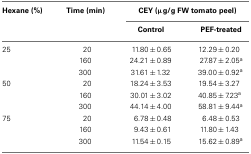
<table><thead><tr><td><b>Hexane (%)</b></td><td><b>Time (min)</b></td><td colspan="2"><b>CEY (μg/g FW tomato peel)</b></td></tr><tr><td></td><td></td><td><b>Control</b></td><td><b>PEF-treated</b></td></tr></thead><tbody><tr><td>25</td><td>20</td><td>11.80 ± 0.65</td><td>12.29 ± 0.20</td></tr><tr><td></td><td>160</td><td>24.21 ± 0.89</td><td>27.87 ± 2.05<sup>a</sup></td></tr><tr><td></td><td>300</td><td>31.61 ± 1.32</td><td>39.00 ± 0.92<sup>a</sup></td></tr><tr><td>50</td><td>20</td><td>18.24 ± 3.53</td><td>19.54 ± 3.27</td></tr><tr><td></td><td>160</td><td>30.01 ± 3.02</td><td>40.85 ± 7.23<sup>a</sup></td></tr><tr><td></td><td>300</td><td>44.14 ± 4.00</td><td>58.81 ± 9.44<sup>a</sup></td></tr><tr><td>75</td><td>20</td><td>6.78 ± 0.48</td><td>6.48 ± 0.53</td></tr><tr><td></td><td>160</td><td>9.43 ± 0.61</td><td>11.80 ± 1.43</td></tr><tr><td></td><td>300</td><td>11.54 ± 0.15</td><td>15.62 ± 0.89<sup>a</sup></td></tr></tbody></table>